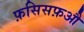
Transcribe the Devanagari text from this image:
फ़सिसफ़औ